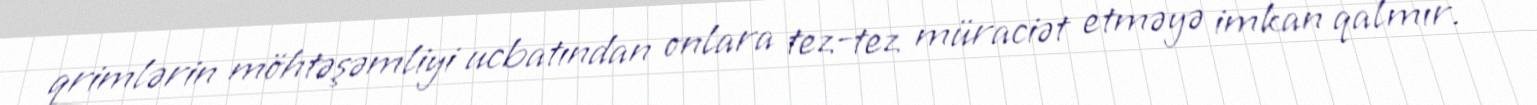
qrimlərin möhtəşəmliyi ucbatından onlara tez-tez müraciət etməyə imkan qalmır.